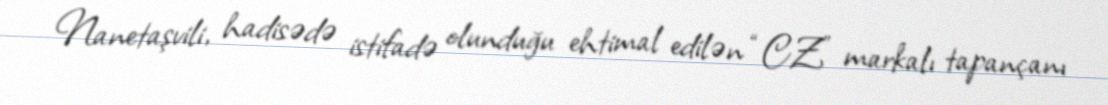
Nanetaşvili, hadisədə istifadə olunduğu ehtimal edilən “CZ” markalı tapançanı